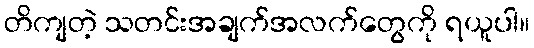
တိကျတဲ့ သတင်းအချက်အလက်တွေကို ရယူပါ။